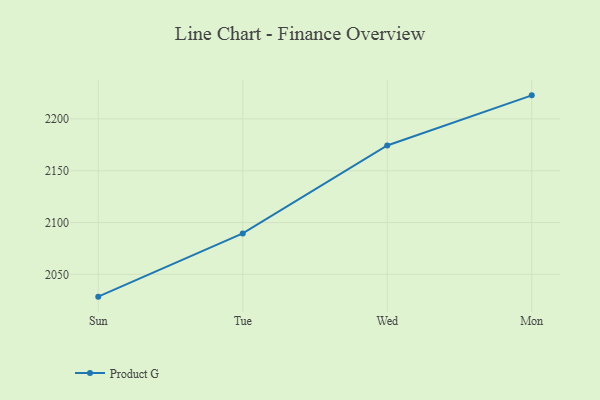
{"axis": {"x": "Day", "y": "Headcount"}, "legend": ["Product G"], "data": [{"x": "Sun", "y": 2028.5, "type": "Product G"}, {"x": "Tue", "y": 2089.5, "type": "Product G"}, {"x": "Wed", "y": 2174.3, "type": "Product G"}, {"x": "Mon", "y": 2222.7, "type": "Product G"}]}